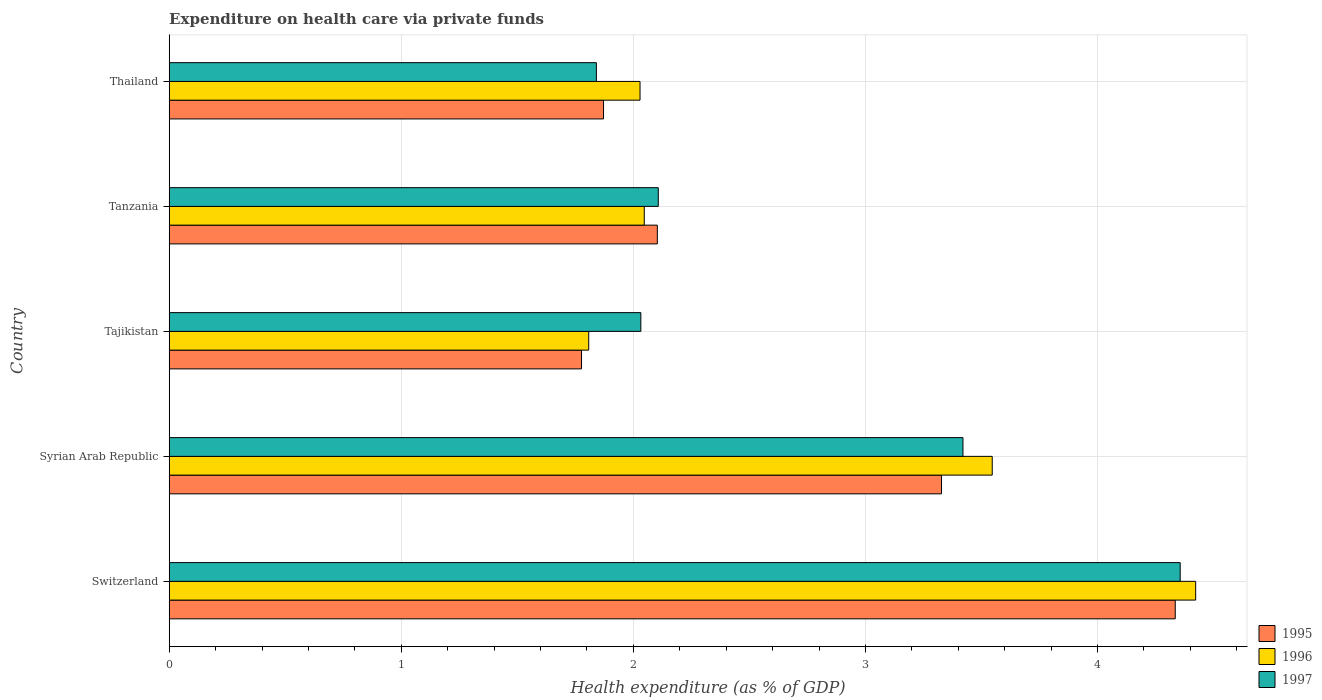
| Country | 1995 | 1996 | 1997 |
 | --- | --- | --- | --- |
 | Switzerland | 4.33 | 4.42 | 4.36 |
 | Syrian Arab Republic | 3.33 | 3.55 | 3.42 |
 | Tajikistan | 1.78 | 1.81 | 2.03 |
 | Tanzania | 2.1 | 2.05 | 2.11 |
 | Thailand | 1.87 | 2.03 | 1.84 |